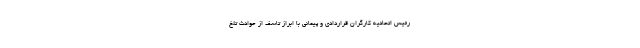
رئیس اتحادیه کارگران قراردادی و پیمانی با ابراز تاسف از حوادث تلخ